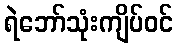
ရဲဘော်သုံးကျိပ်ဝင်